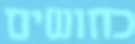
כחושים